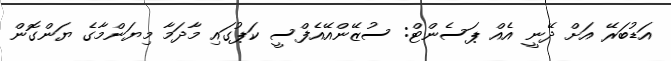
އަޑުބަރޭ އަށް ދޭނީ އެއް ޕަސެންޓް: ސުޒޭންއޭއެފްސީ ކަޕުގައި މާދަމާ މިޔަންމާގެ ޔަންގޮން